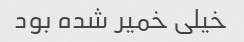
خیلی خمیر شده بود